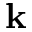
\mathbf { k }